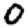
Digit: 0